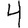
Digit: 4